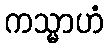
ကသ္မာဟံ